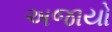
અજાયો